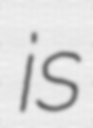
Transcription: is